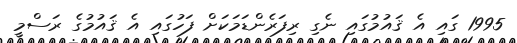
1995 ގައި އެ ޤައުމުގައި ނެގި ރިފަރެންޑަމަކަށް ފަހުގައި އެ ޤައުމުގެ ރަސްމީ